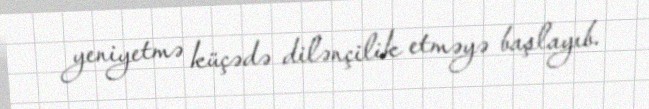
yeniyetmə küçədə dilənçilik etməyə başlayıb.